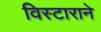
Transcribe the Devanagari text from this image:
विस्टाराने